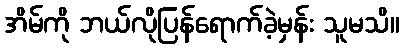
အိမ်ကို ဘယ်လိုပြန်ရောက်ခဲ့မှန်း သူမသိ။